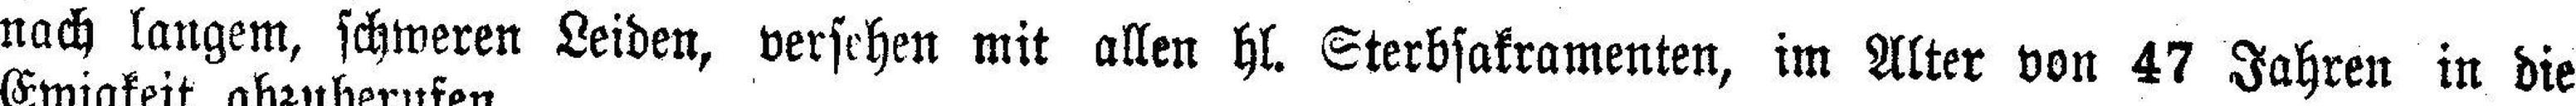
nach langem, schweren Leiden, versehen mit allen hl. Sterbsakramenten, im Alter von 47 Jahren in die